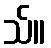
သ်။